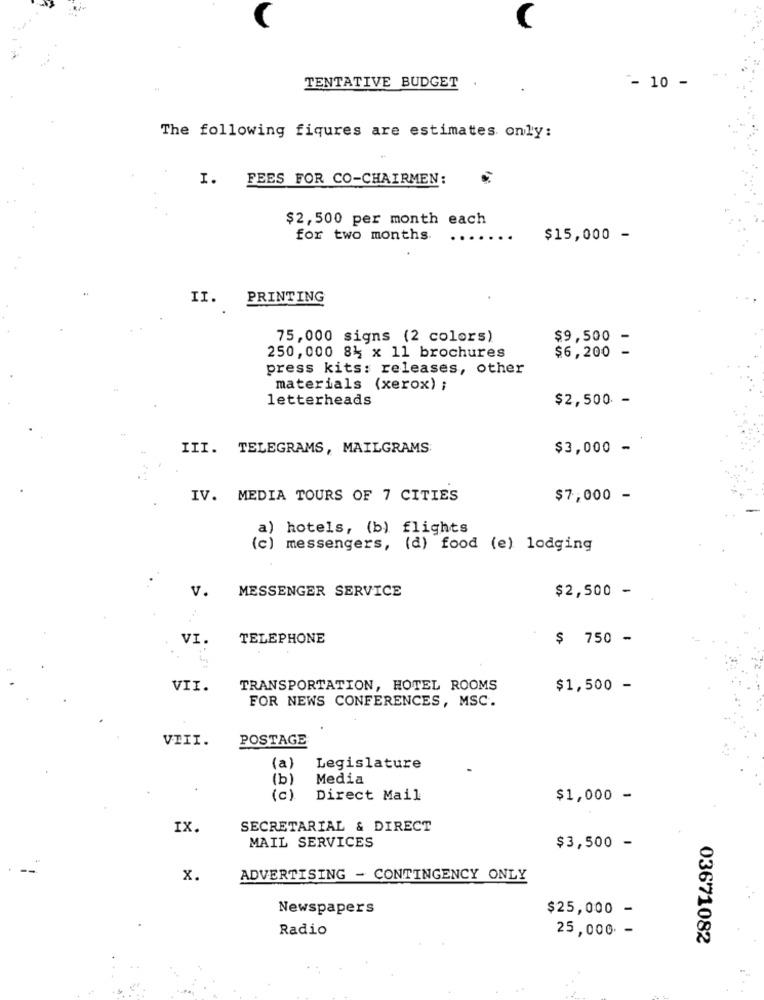
(
TENTATIVE BUDGET
- 10 -
The following figures are estimates only:
I.
FEES FOR CO-CHAIRMEN:
$2,500 per month each
for two months.
$15,000 -
II.
PRINTING
75,000 signs (2 colors)
$9,500
250, 000 8% x 11 brochures
$6,200
-
press kits: releases, other
materials (xerox) ;
letterheads
$2,500 -
III. TELEGRAMS, MAILGRAMS
$3,000 -
IV. MEDIA TOURS OF 7 CITIES
$7,000 -
a) hotels, (b) flights
(c)
messengers, (d) food (e) lodging
V.
MESSENGER SERVICE
$2,500 -
VI.
TELEPHONE
$ 750 -
VII.
TRANSPORTATION, HOTEL ROOMS
$1,500 -
FOR NEWS CONFERENCES, MSC.
VIII.
POSTAGE
(a)
Legislature
(b)
Media
(c)
Direct Mail
$1,000 -
IX
SECRETARIAL & DIRECT
MAIL SERVICES
$3,500 -
x.
ADVERTISING - CONTINGENCY ONLY
Newspapers
$25,000 -
Radio
25,000 -
03671082